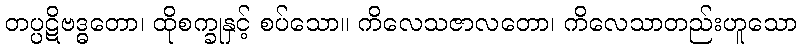
တပ္ပဋိဗဒ္ဓတော၊ ထိုစက္ခုနှင့် စပ်သော။ ကိလေသဇာလတော၊ ကိလေသာတည်းဟူသော